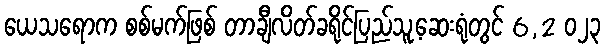
ယေသရောက စစ်မက်ဖြစ် တာချီလိတ်ခရိုင်ပြည်သူ့ဆေးရုံတွင် 6,2 ၀၂၃